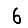
Digit: 6